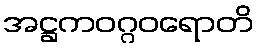
အဋ္ဌကဝဂ္ဂဝရောတိ